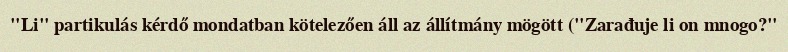
"Li" partikulás kérdő mondatban kötelezően áll az állítmány mögött ("Zarađuje li on mnogo?"